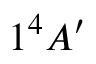
1 ^ { 4 } A ^ { \prime }